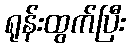
ရုန်းထွက်ပြီး